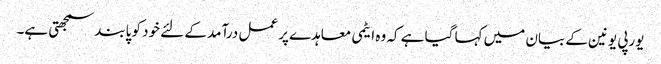
یورپی یونین کے بیان میں کہا گیا ہے کہ وہ ایٹمی معاہدے پر عمل درآمد کے لئے خود کو پابند سمجھتی ہے۔